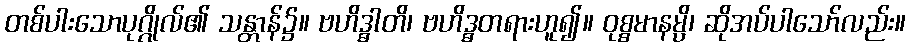
တစ်ပါးသောပုဂ္ဂိုလ်၏ သန္တာန်၌။ ဗဟိဒ္ဓါတိ၊ ဗဟိဒ္ဓတရားဟူ၍။ ဝုစ္စမာနမ္ပိ၊ ဆိုအပ်ပါသော်လည်း။